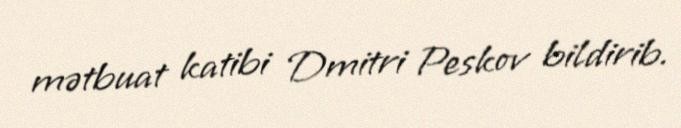
mətbuat katibi Dmitri Peskov bildirib.